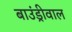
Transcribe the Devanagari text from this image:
बाउंड्रीवाल